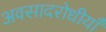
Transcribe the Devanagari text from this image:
अवसादरोधीयाँ